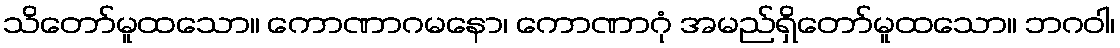
သိတော်မူထသော။ ကောဏာဂမနော၊ ကောဏာဂုံ အမည်ရှိတော်မူထသော။ ဘဂဝါ၊